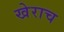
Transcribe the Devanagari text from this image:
खेराच